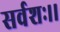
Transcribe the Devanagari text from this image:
सर्वशः।।